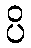
ပိ